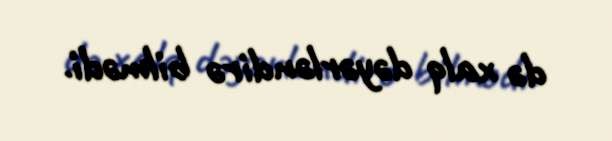
də xalq dəyərləndirə bilmədi.